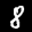
Label: 8